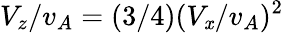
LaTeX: V_{z}/v_{A}=(3/4)(V_{\mathit{x}}/v_{A})^{2}